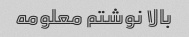
بالا نوشتم معلومه